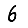
Digit: 6